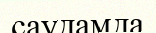
саудамда